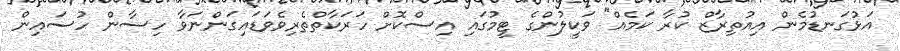
އަޅުގަނޑުމެން އިއުތިރާޒް ކުރާ ކަމެއް" ވަކީލުންގެ ޓީމުގައި އިސްކޮށް ހަރަކާތްތެރިވެވަޑައިގަންނަވާ ހިސާން ހުސައިން